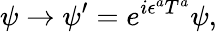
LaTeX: \psi\rightarrow\psi^{\prime}=e^{i\epsilon^{a}T^{a}}\psi,